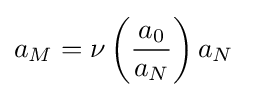
a_{M}=\nu \left({\frac {a_{0}}{a_{N}}}\right)a_{N}~